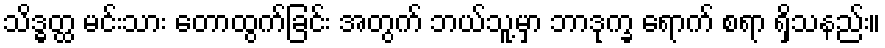
သိဒ္ဓတ္ထ မင်းသား တောထွက်ခြင်း အတွက် ဘယ်သူ့မှာ ဘာဒုက္ခ ရောက် စရာ ရှိသနည်း။